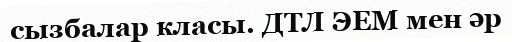
сызбалар класы. ДТЛ ЭЕМ мен әр